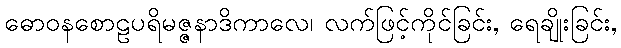
ဓောဝနစောဠပရိမဇ္ဇနာဒိကာလေ၊ လက်ဖြင့်ကိုင်ခြင်း, ရေချိုးခြင်း,